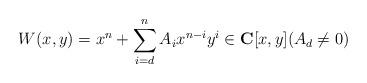
LaTeX: \begin{align*}W(x,y)=x^n+\sum_{i=d}^n A_i x^{n-i} y^i\in {\bf C}[x,y](A_d\ne 0)\end{align*}